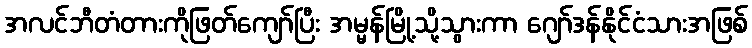
အလင်ဘီတံတားကိုဖြတ်ကျော်ပြီး အမ္မန်မြို့သို့သွားကာ ဂျော်ဒန်နိုင်ငံသားအဖြစ်